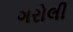
ગરોલી